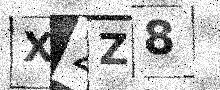
Text: X2Z8